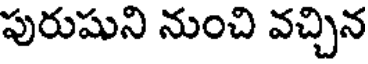
పురుషుని నుంచి వచ్చిన